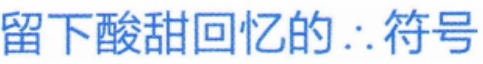
留下酸甜回忆的 $\therefore$ 符号